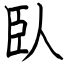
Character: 臥